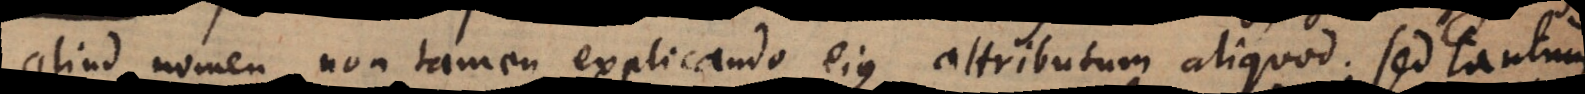
aliud nomen, non tamen explicando ejus attributum aliquod; sed tantum